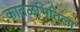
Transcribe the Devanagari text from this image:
कातळभिंतिला